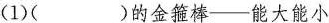
(1)( )的金箍棒—能大能小